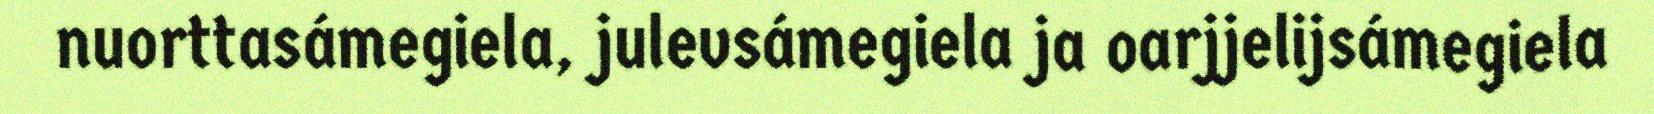
nuorttasámegiela, julevsámegiela ja oarjjelijsámegiela